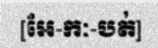
[អែ-កៈ-បត់]